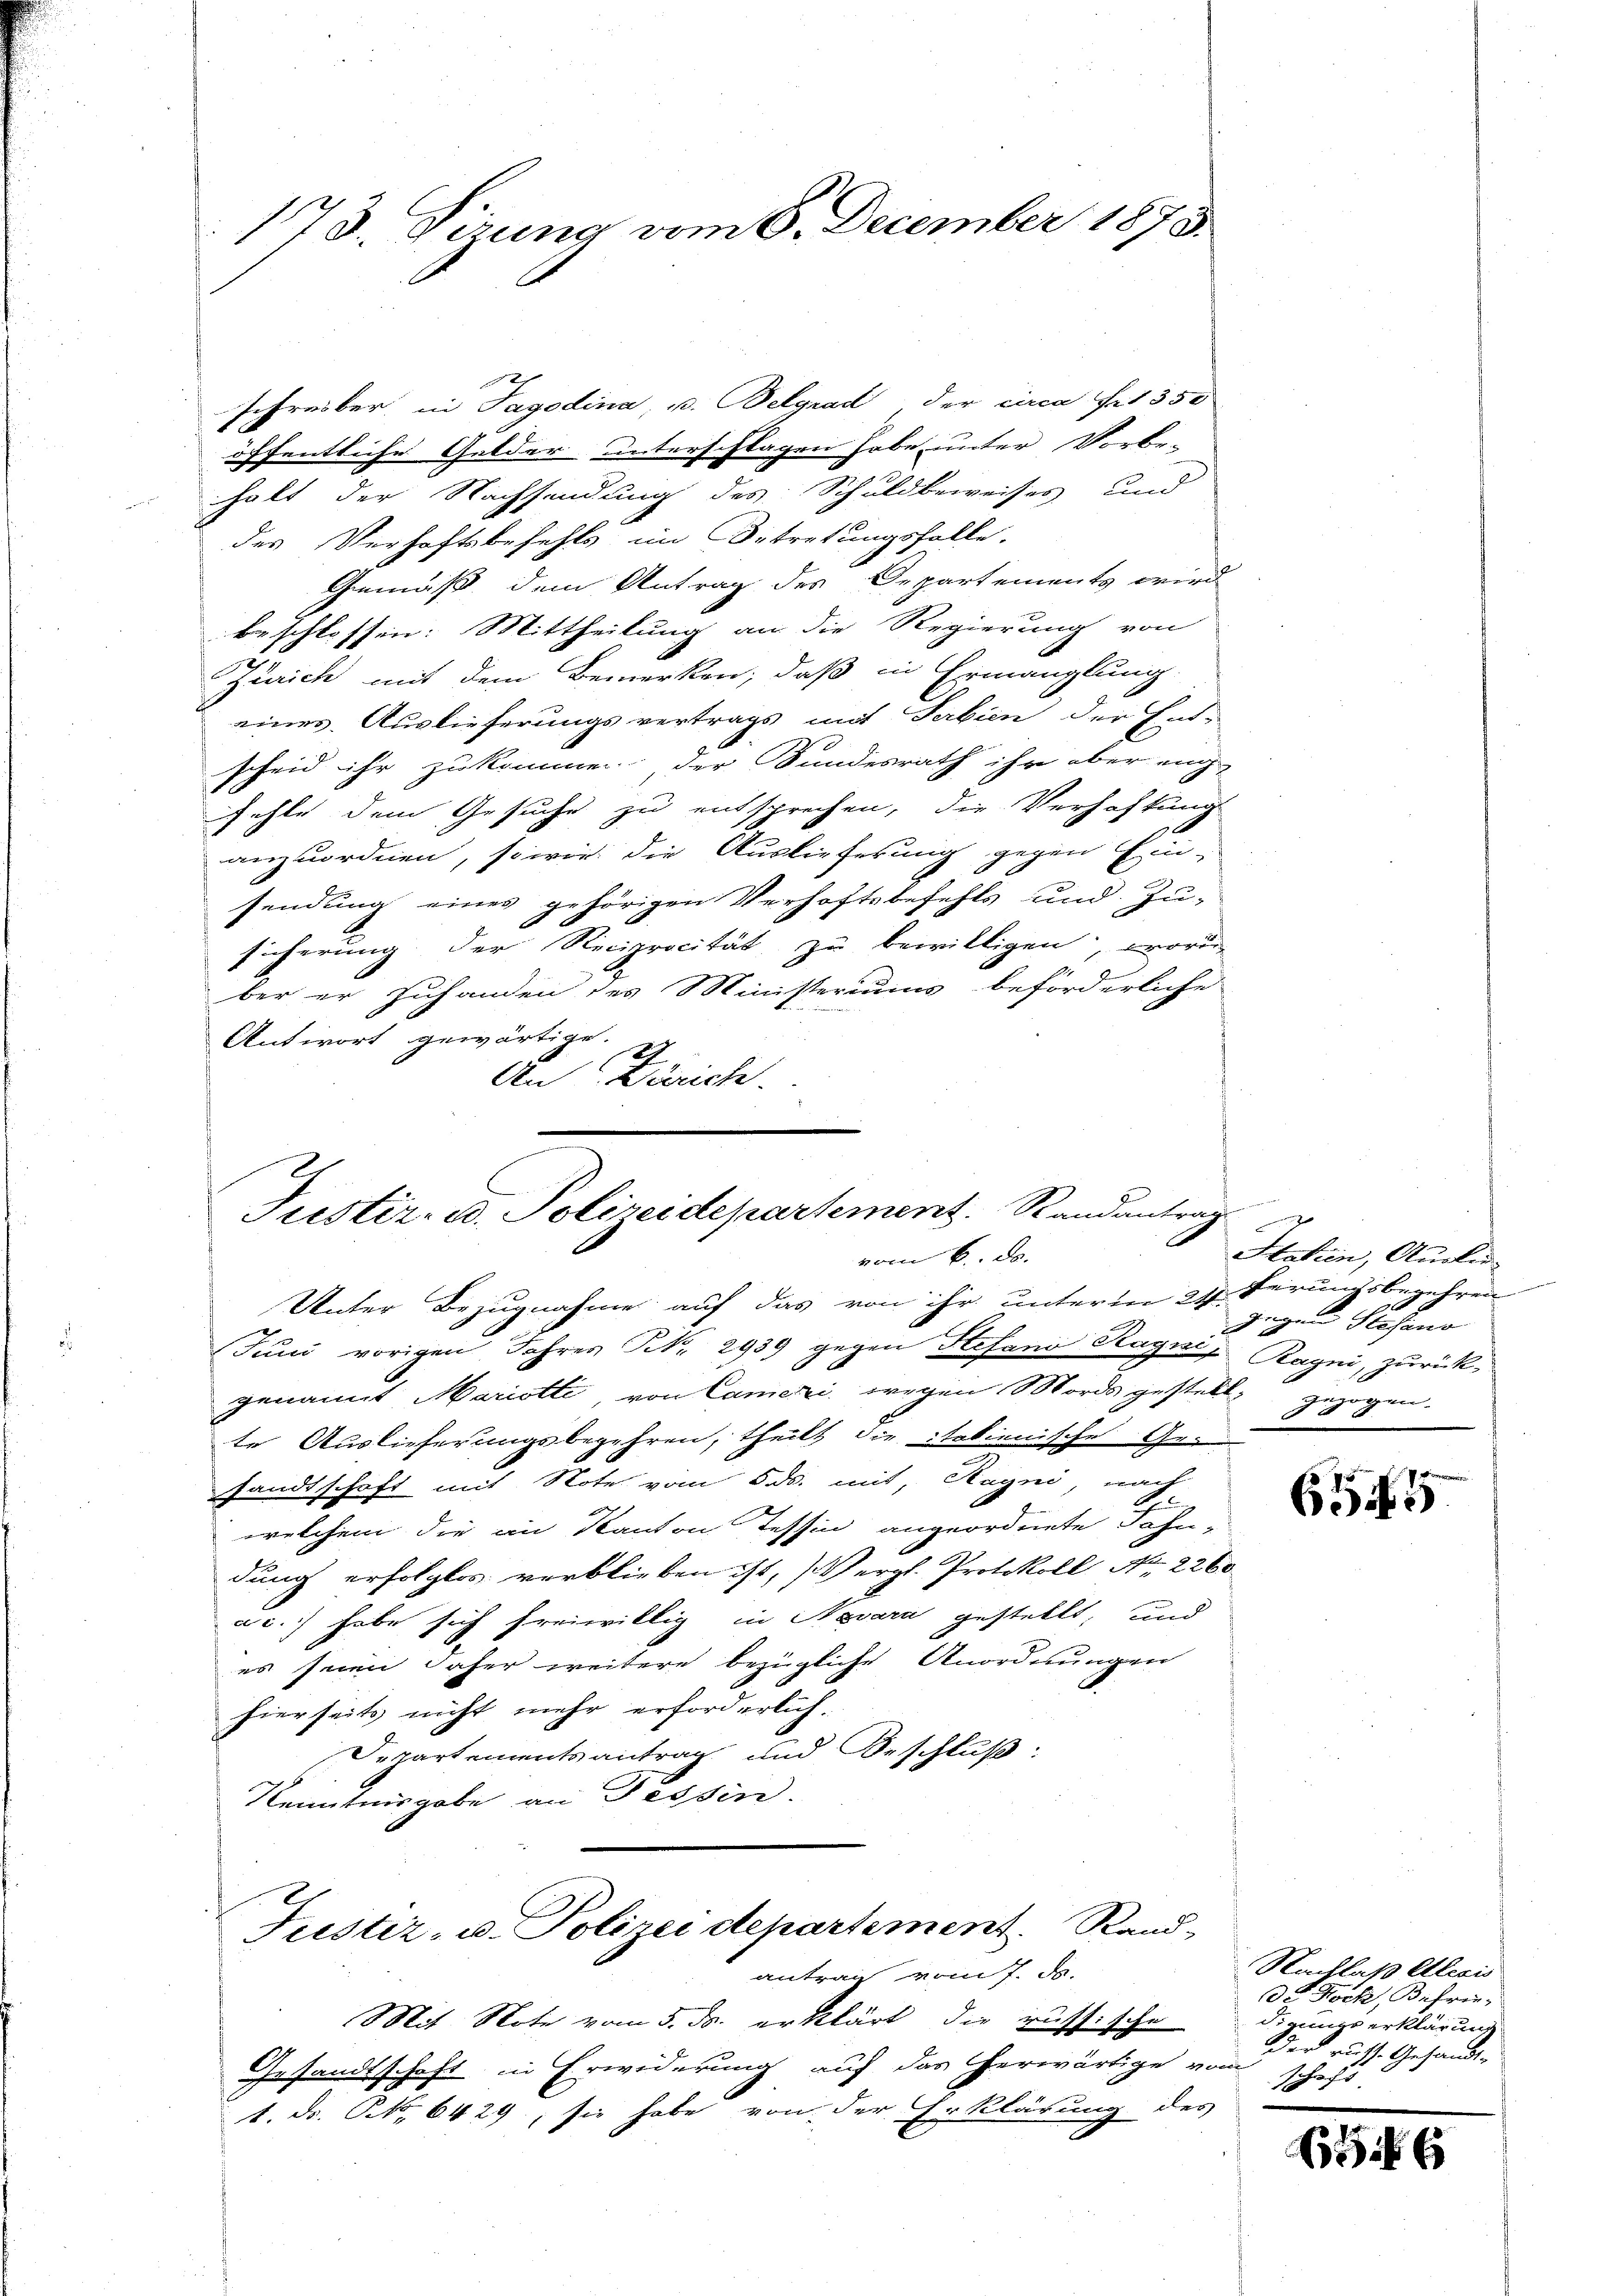
schreiber in Tagodina, u. Belgrad, der circa fir 350
öffentliche Gelder unterschlagen habe unter Vorbe-
halt der Nachsendung des Schuldbeweises und
des Verhaftsbefehls im Betretungsfalle.
Gemäß dem Antrag des Departements wird
beschlossen: Mittheilung an die Regierung von
Zürich mit dem Bemerken, daß in Ermanglung
eines Auslieferungsvertrags mit Serbien der Ent-
scheid ihr zukommen, der Bundesrath ihr aber nich
fehle dem Gesuche zu entsprechen, die Verhaftungs
anzuordnen, so wie die Auslieferung gegen Ein-
sendung eines gehörigen Verhaftsbefehls und Zu-
sicherung der Reciprocität zu bewilligen, worin
ber er zuhanden des Ministeriums beförderliche
Antwort gewärtige. I
An Zürich.

173. Vizung vom 8. December 1875.

Justiz- u. Polizeidepartement. Randantrag
vom 6. d.

Unter Bezugnahme auf das von ihr unterm 24. Verungsbegehren
Juni vorigen Jahres Nr. 2939 gegen Stefani Ragnes Rayni, zurückgenannt Mariotti von Cameri wegen Mords gestell-
te Auslieferungsbegehren, theilt die italienische Gesandtschaft mit Note vom 5. ds. mit, Hayni, nach
welchem die in Kanton Tessin angeordnete Fahn-
dung erfolglos verblieben ist, (Vergl. Protokoll No. 2260
ac. habe sich freiwillig in Nevara gestellt, und
es seien daher weitere bezügliche Anordnungen
hierseits nicht mehr erforderlich.
Departementsantrag und Beschluß:
Kenntnisgabe an Tessin.
Justiz- u. Polizei departement. Rand-
antrag vom 7. d.
Mit Note vom 5. ds. erklärt, die russische
Gesandtschaft in Erwiderung auf das herwärtige vom
1. ds. No. 6429, sie habe von der Erklärung des

en der

Statien, Augen
Gegen Hasano
.
gezogen.

6545

Nachlaß Alexis
de Stock, Befrie-
dirungs erklärung
der russ. Gesandt-
schaft.

656